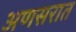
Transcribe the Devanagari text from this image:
अणसरात